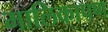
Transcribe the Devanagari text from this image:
मालिकापण